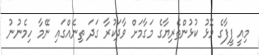
މިއީ ފީފާގެ މޮޅު ކުޅުންތެރިޔާގެ މަގާމަށް ވާދަކުރާ ގަދަ ތިނެއްގައި ނޭމާ ހިމެނުނު